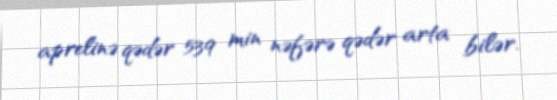
aprelinə qədər 539 min nəfərə qədər arta bilər.